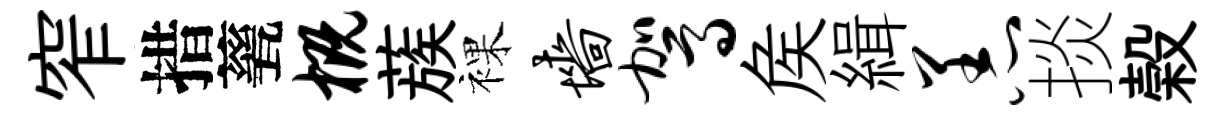
窄措甆概蔟裸墙驾矦緝恙掞榖